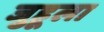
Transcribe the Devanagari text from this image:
जुहूला